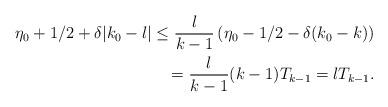
LaTeX: \begin{align*} \eta_0+1/2+\delta |k_0-l| \leq \frac{l}{k-1} \left(\eta_0-1/2-\delta (k_0-k) \right)\\ = \frac{l}{k-1} (k-1) T_{k-1}= l T_{k-1}. \end{align*}